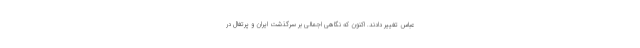
عباس تغییر دادند. اکنون که نگاهی اجمالی بر سرگذشت ایران و پرتغال در